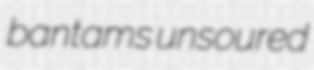
bantams unsoured